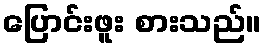
ပြောင်းဖူး စားသည်။